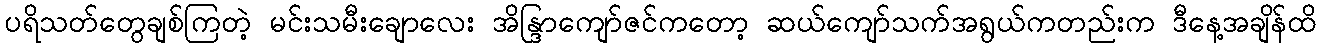
ပရိသတ်တွေချစ်ကြတဲ့ မင်းသမီးချောလေး အိန္ဒြာကျော်ဇင်ကတော့ ဆယ်ကျော်သက်အရွယ်ကတည်းက ဒီနေ့အချိန်ထိ